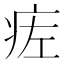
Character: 𬏢